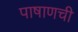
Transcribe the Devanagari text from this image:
पाषाणची